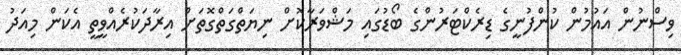
ވިސްނުން އައުމުން ކުންފުނީގެ ޑިރެކްޓަރުންގެ ބޯޑުގައި މަޝްވަރާކޮށް ނިޔަތްގަތްގޮތަށް އިރާދަކުރެއްވީތީ އެކަން މިއަދު